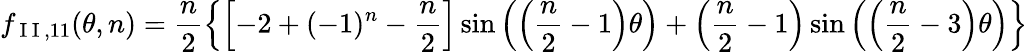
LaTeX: f_{\mathrm{~I~I~},11}(\theta,n)=\frac{n}{2}\left\{ \left[-2+(-1)^{n}-\frac{n}{2}\right]\sin\left(\left(\frac{n}{2}-1\right)\theta\right)+\left(\frac{n}{2}-1\right)\sin\left(\left(\frac{n}{2}-3\right)\theta\right)\right\}